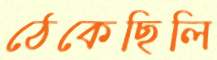
ঠেকেছিলি